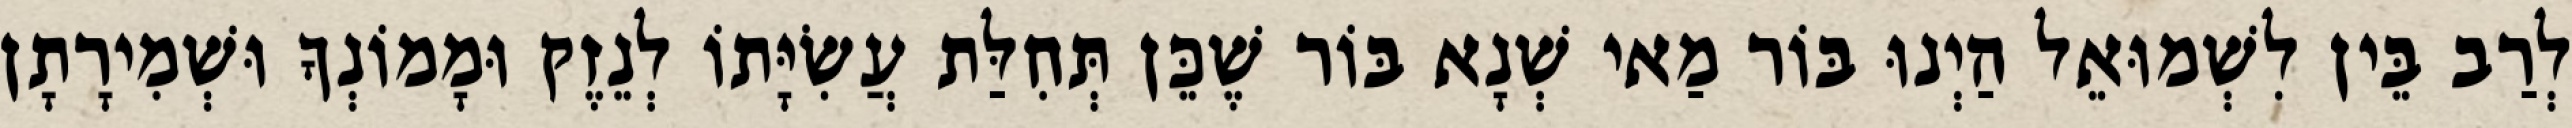
לְרַב בֵּין לִשְׁמוּאֵל הַיְנוּ בּוֹר מַאי שְׁנָא בּוֹר שֶׁכֵּן תְּחִלַּת עֲשִׂיָּתוֹ לְנֵזֶק וּמָמוֹנְךָ וּשְׁמִירָתָן